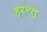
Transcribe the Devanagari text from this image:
हरन्तु